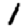
Digit: 1